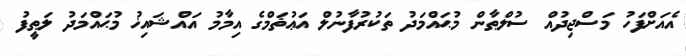
އެއަށްފަހު މަސްޖިދުއް ސުލްޠާން މުޙައްމަދު ތަކުރުފާނުލް އަޢުޡަމްގެ އިމާމު އައްޝައިޚު މުޙައްމަދު ލަޠީފު